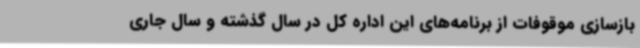
بازسازی موقوفات از برنامه‌های این اداره کل در سال گذشته و سال جاری